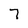
Character: 7